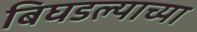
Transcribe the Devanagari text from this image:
बिघडल्याच्या